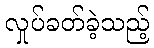
လှုပ်ခတ်ခဲ့သည့်